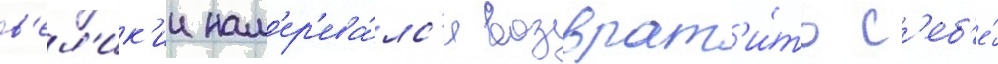
в'ел'ик'ии нам'ер'ева́лс'я возврат'и́ть с'еб'е́